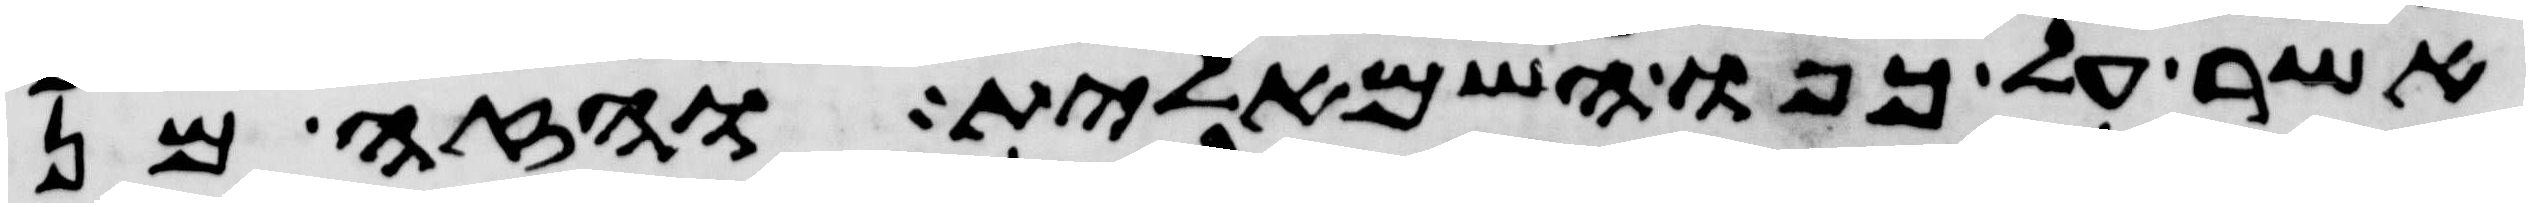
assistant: אשר על כפו השמאלית והזה מן